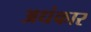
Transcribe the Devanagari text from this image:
अधंकार